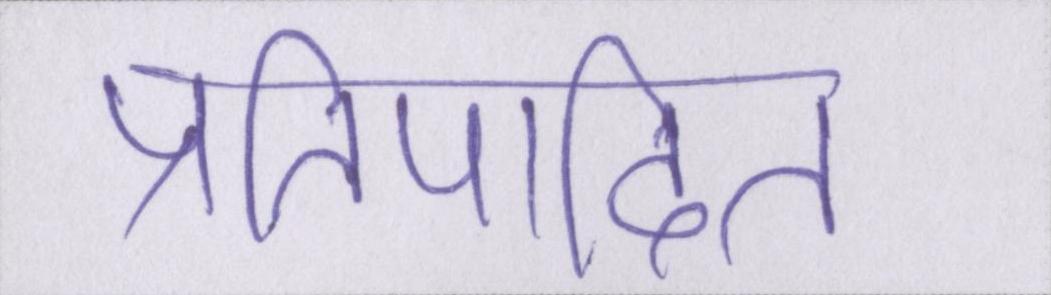
प्रतिपादित